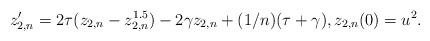
LaTeX: \begin{align*}z_{2,n}'=2\tau(z_{2,n}-z_{2,n}^{1.5})-2\gamma z_{2,n}+(1/n)(\tau+\gamma),z_{2,n}(0)=u^2.\end{align*}